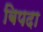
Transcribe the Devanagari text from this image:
बिपदा